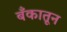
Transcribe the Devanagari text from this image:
बँकातून